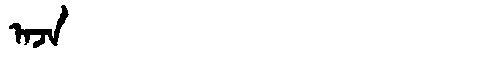
Manchu: ᠠᠵᠠ
Romanization: AJA